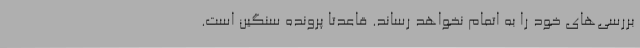
بررسی‌های خود را به اتمام نخواهد رساند. قاعدتا پرونده سنگین است.